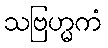
သဗြဟ္မကံ